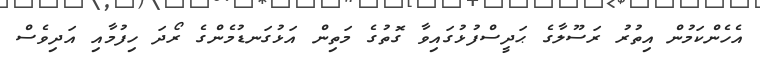
އެހެންކަމުން އިތުރު ރަސޫލާގެ ޙަދީސްފުޅުގައިވާ ގޮތުގެ މަތިން އަޅުގަނޑުމެންގެ ރޯދަ ހިފުމާއި އަދިވެސް